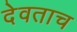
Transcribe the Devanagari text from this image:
देवताच